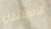
الاستلقاء